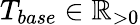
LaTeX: T_{base}\in\mathbb{R}_{>0}